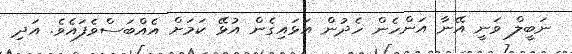
ނަބީލް ވަނީ އޭނާ އަންހެން ހެދުން އަޅައިގެން އުޅޭ ކަމަށް އެއްބަސްވެފައެވެ. އަދި